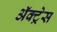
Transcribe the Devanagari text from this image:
ॲक्ट्रेस